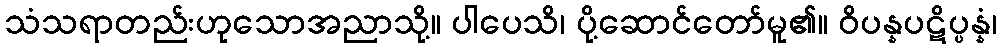
သံသရာတည်းဟုသောအညာသို့။ ပါပေသိ၊ ပို့ဆောင်တော်မူ၏။ ဝိပန္နပဋိပ္ပန္နံ၊